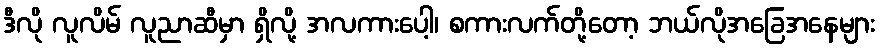
ဒီလို လူလိမ် လူညာဆီမှာ ရှိလို့ အလကားပေါ့၊ စကားလက်တို့တော့ ဘယ်လိုအခြေအနေများ